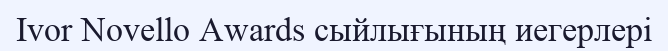
Ivor Novello Awards сыйлығының иегерлері